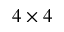
4 \times 4